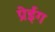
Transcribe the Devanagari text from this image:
प्रेईंग